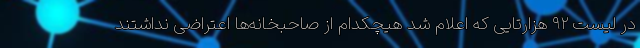
در لیست ۹۲ هزارتایی که اعلام شد هیچکدام از صاحبخانه‌ها اعتراضی نداشتند